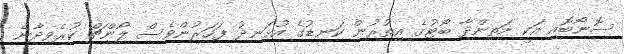
ސޮނޯބޮއި އަކީ މަތިންދާ ބޯޓުގެ އިތުރުން ކަނޑުގެ އުޅަނދު ފަހަރުންވެސް ލޯންޗް ކުރެވިދާނެ